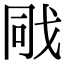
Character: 戙